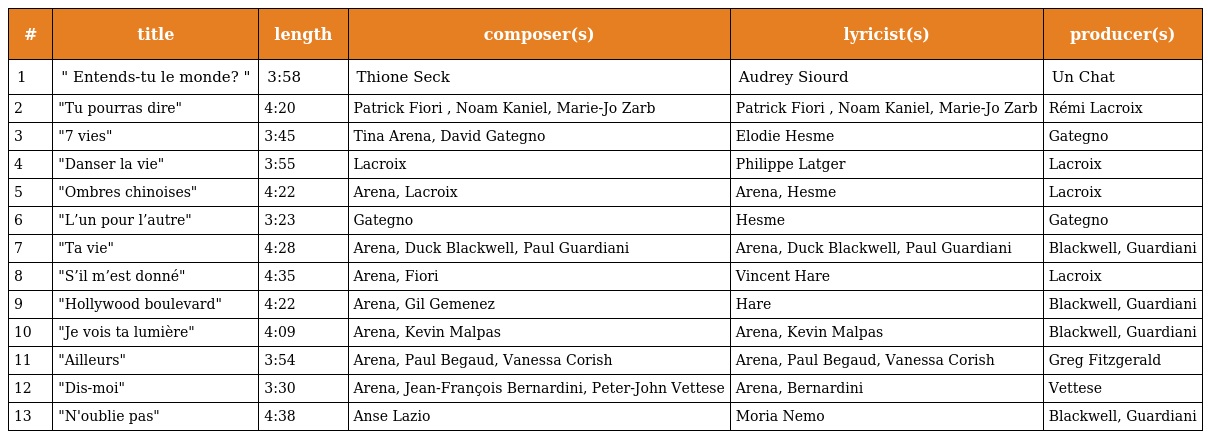
| # | title | length | composer(s) | lyricist(s) | producer(s) |
 | --- | --- | --- | --- | --- | --- |
 | 1 | " Entends-tu le monde? " | 3:58 | Thione Seck | Audrey Siourd | Un Chat |
 | 2 | "Tu pourras dire" | 4:20 | Patrick Fiori , Noam Kaniel, Marie-Jo Zarb | Patrick Fiori , Noam Kaniel, Marie-Jo Zarb | Rémi Lacroix |
 | 3 | "7 vies" | 3:45 | Tina Arena, David Gategno | Elodie Hesme | Gategno |
 | 4 | "Danser la vie" | 3:55 | Lacroix | Philippe Latger | Lacroix |
 | 5 | "Ombres chinoises" | 4:22 | Arena, Lacroix | Arena, Hesme | Lacroix |
 | 6 | "L’un pour l’autre" | 3:23 | Gategno | Hesme | Gategno |
 | 7 | "Ta vie" | 4:28 | Arena, Duck Blackwell, Paul Guardiani | Arena, Duck Blackwell, Paul Guardiani | Blackwell, Guardiani |
 | 8 | "S’il m’est donné" | 4:35 | Arena, Fiori | Vincent Hare | Lacroix |
 | 9 | "Hollywood boulevard" | 4:22 | Arena, Gil Gemenez | Hare | Blackwell, Guardiani |
 | 10 | "Je vois ta lumière" | 4:09 | Arena, Kevin Malpas | Arena, Kevin Malpas | Blackwell, Guardiani |
 | 11 | "Ailleurs" | 3:54 | Arena, Paul Begaud, Vanessa Corish | Arena, Paul Begaud, Vanessa Corish | Greg Fitzgerald |
 | 12 | "Dis-moi" | 3:30 | Arena, Jean-François Bernardini, Peter-John Vettese | Arena, Bernardini | Vettese |
 | 13 | "N'oublie pas" | 4:38 | Anse Lazio | Moria Nemo | Blackwell, Guardiani |